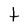
Character: t